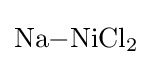
{\mathrm {Na} {-}\mathrm {NiCl} {\vphantom {A}}_{\smash[{t}]{2}}}